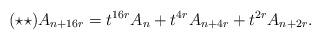
LaTeX: \begin{align*}(\star\star)A_{n+16r} = t^{16r}A_{n}+t^{4r}A_{n+4r}+t^{2r}A_{n+2r}.\end{align*}